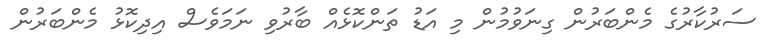
ސަރުކާރުގެ މެންބަރުން ގިނަވުމުން މި އަޑު ތަންކޮޅެއް ބާރުވި ނަމަވެސް އިދިކޮޅު މެންބަރުން